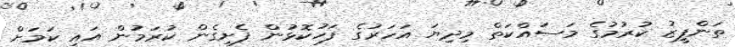
ތަންފީޒު ކުރުމުގެ މަސައްކަތް މިދިޔަ އަހަރުގެ ފަހުކޮޅުން ފެށިގެން ކުރަމުން އައި ކަމަށް